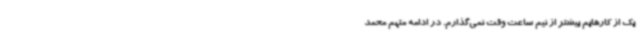
یک از کارهایم بیشتر از نیم ساعت وقت نمی‌گذارم. در ادامه متهم محمد